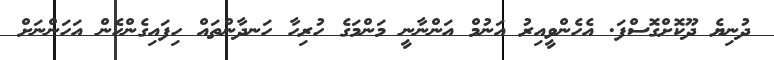
ދުނިޔެ ދޫކޮށްގޮސްފަ. އެހެންވީއިރު އަނުމް އަންނާނީ މަންމަގެ ހުރިހާ ހަނދާންތައް ހިފައިގެންހެން އަހަންނަށް